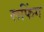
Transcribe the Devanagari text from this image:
रूफिंग